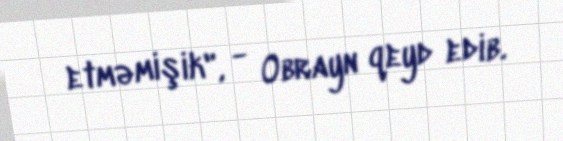
etməmişik", - Obrayn qeyd edib.